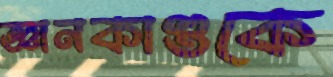
জ্ঞানকাণ্ডকে